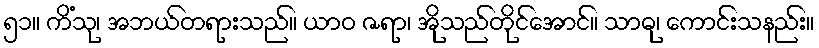
၅၁။ ကိံသု၊ အဘယ်တရားသည်။ ယာဝ ဇရာ၊ အိုသည်တိုင်အောင်။ သာဓု၊ ကောင်းသနည်း။